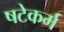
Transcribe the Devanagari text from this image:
षटेकर्म